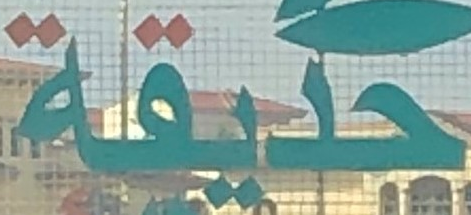
حديقة